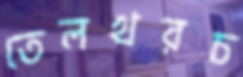
তেলখরচ